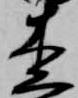
杢